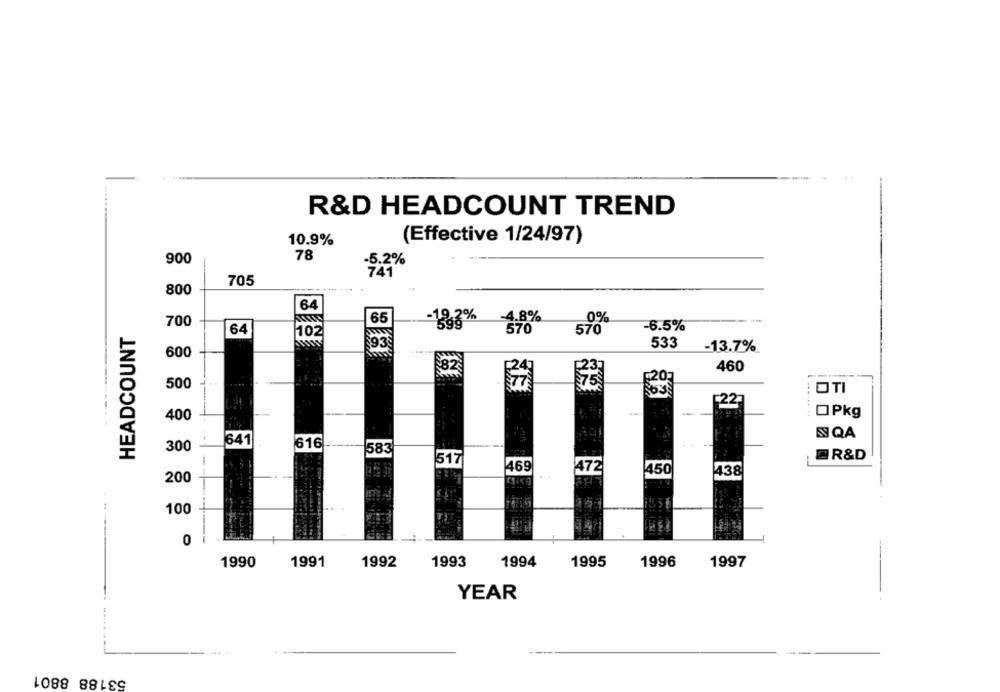
R&D HEADCOUNT TREND
10.9%
(Effective 1/24/97)
900
78
-5.2%
705
800
64
65
0%
700
1,3%
-4.8%
HEADCOUNT
64
570
-6.5%
102
93
533
-13.7%
600
82
460
F203
500
OTI
[22"
OPkg
400
NQA
641
300
616
583
R&D
517
469
472
1450
438
200
100
--
0
1990
1991
1992
1993
1994
1995
1996
1997
YEAR
...
53188 8801